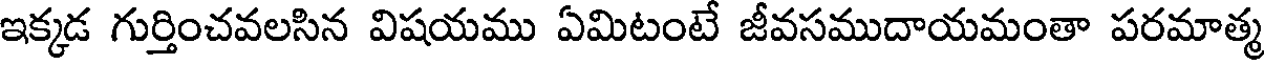
ఇక్కడ గుర్తించవలసిన విషయము ఏమిటంటే జీవసముదాయమంతా పరమాత్మ